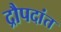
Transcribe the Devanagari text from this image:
द्रौपदांत